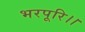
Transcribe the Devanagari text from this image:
भरपूरि।।